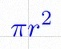
\pi r^2